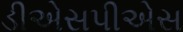
ડીએસપીએસ